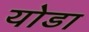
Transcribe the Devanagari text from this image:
योडा